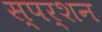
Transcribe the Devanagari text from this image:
स्पर्शन